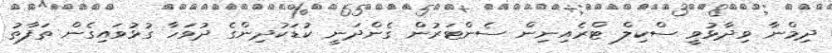
ދިމްނާ ވިދާޅުވީ ސްކިލް ޓްރެއިނިން ސެންޓަރުން ގެންދަނީ ކުޑަކުދިންގެ ދުވަހާ ގުޅުވައިގެން ތަފާތު